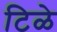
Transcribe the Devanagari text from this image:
टिळे